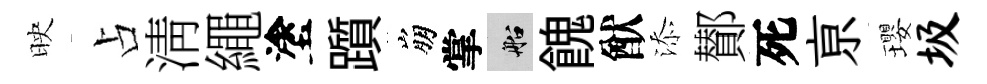
映占淸繩塗躓崩掌船餽猷添鄼死亰瓔圾